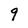
Character: 9